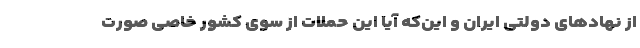
از نهادهای دولتی ایران و این‌که آیا این حملات از سوی کشور خاصی صورت